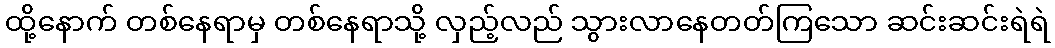
ထို့နောက် တစ်နေရာမှ တစ်နေရာသို့ လှည့်လည် သွားလာနေတတ်ကြသော ဆင်းဆင်းရဲရဲ